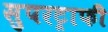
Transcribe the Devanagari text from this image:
सुपरट्राफी